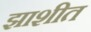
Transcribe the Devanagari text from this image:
झाशीत